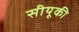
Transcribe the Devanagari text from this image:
सीयूकी